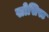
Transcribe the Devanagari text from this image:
सोसिस्ट